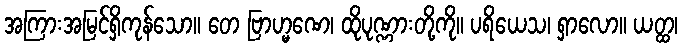
အကြားအမြင်ရှိကုန်သော။ တေ ဗြာဟ္မဏေ၊ ထိုပုဏ္ဏားတို့ကို။ ပရိယေသ၊ ရှာလော။ ယတ္ထ၊